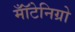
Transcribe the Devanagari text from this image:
मॉँटेनिग्रो